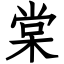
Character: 棠